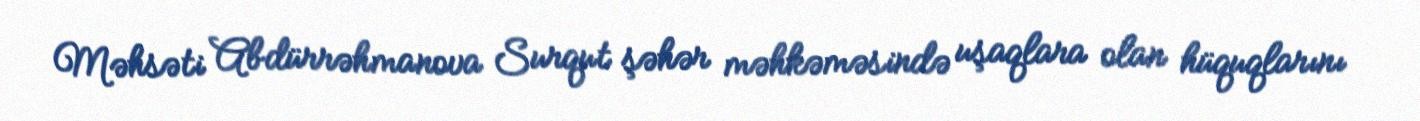
Məhsəti Abdürrəhmanova Surqut şəhər məhkəməsində uşaqlara olan hüquqlarını